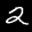
Label: 2